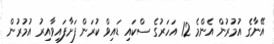
އޭނާގެ އުމުރުން އެންމެ 12 އަހަރުގެ ސްކައި ޑައިވް ކުރަން ފަށާފައިވާއިރު އުމުރުން